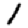
Digit: 1